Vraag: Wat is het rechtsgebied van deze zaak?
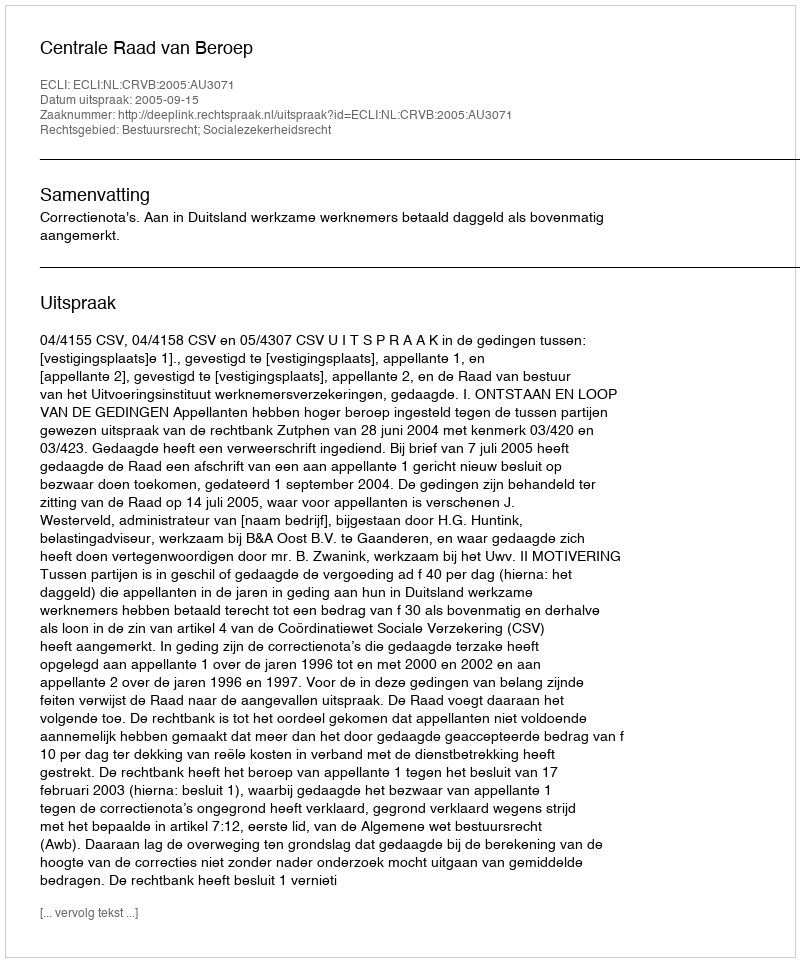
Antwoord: Bestuursrecht; Socialezekerheidsrecht